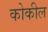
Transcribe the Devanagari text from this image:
कोकील